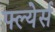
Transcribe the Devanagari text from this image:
फ्ल्येर्स